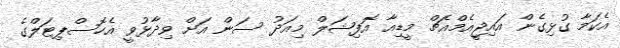
އެކަމާ ގުޅިގެން އައިޖީއެމްއެޗް މީޑިއާ އޮފިޝަލް މިއަދު ސަން އަށް ވިދާޅުވީ އެހޮސްޕިޓަލްގެ